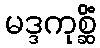
မဒ္ဒကုစ္ဆိံ